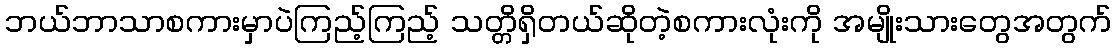
ဘယ်ဘာသာစကားမှာပဲကြည့်ကြည့် သတ္တိရှိတယ်ဆိုတဲ့စကားလုံးကို အမျိုးသားတွေအတွက်